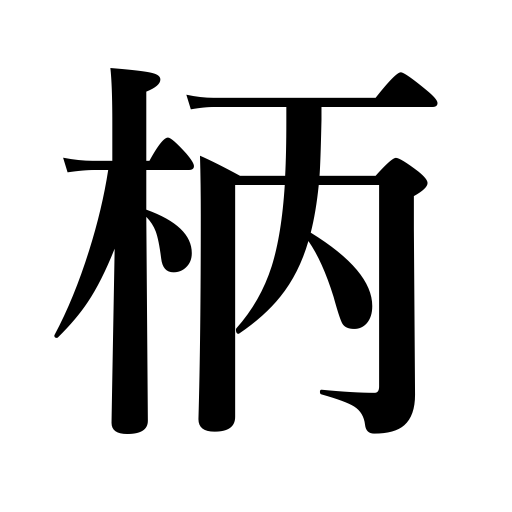
Meanings: pattern,design,hilt,shaft,grip,knob,build,crank,spoke of steering wheel on a ship,character,handle,nature